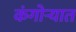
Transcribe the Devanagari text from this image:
कंगोऱ्यात